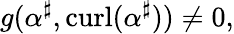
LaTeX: g(\alpha^{\sharp},\mathrm{curl}(\alpha^{\sharp}))\neq 0,